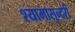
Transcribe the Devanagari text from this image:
श्यामासुन्दरी